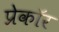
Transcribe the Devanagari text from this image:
प्रेकॉर